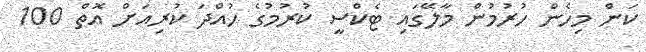
ކަން މިހެން ހުރުމުން މާލޭގައި ޓެކްސީ ކުރުމުގެ ހުއްދަ ކުރިއަށް އޮތް 100